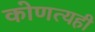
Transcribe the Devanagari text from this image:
कोणत्यही